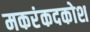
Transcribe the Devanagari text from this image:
मकरंकदकोश